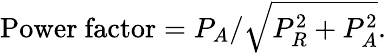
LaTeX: \mathrm{Power~factor}=P_{A}/\sqrt{P_{R}^{2}+P_{A}^{2}}.